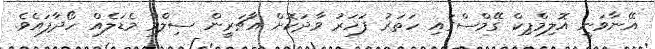
އޭނާވަނީ އޮލިމްޕިކް ގޭމްސްގައި ހަތަރު ފަހަރު ވާދަކޮށް އާޗަރީން ސިލްވާ މެޑަލެއް ހޯދާފައެވެ.